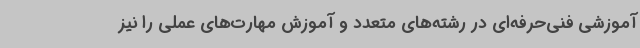
آموزشی فنی‌حرفه‌ای در رشته‌های متعدد و آموزش مهارت‌های عملی را نیز